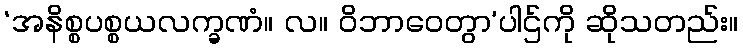
‘အနိစ္စပစ္စယလက္ခဏံ။ လ။ ဝိဘာဝေတွာ’ပါဌ်ကို ဆိုသတည်း။